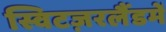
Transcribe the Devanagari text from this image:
स्विटज़रलैंडमें